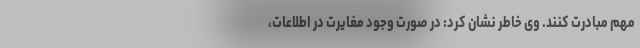
مهم مبادرت کنند. وی خاطر نشان کرد: در صورت وجود مغایرت در اطلاعات،